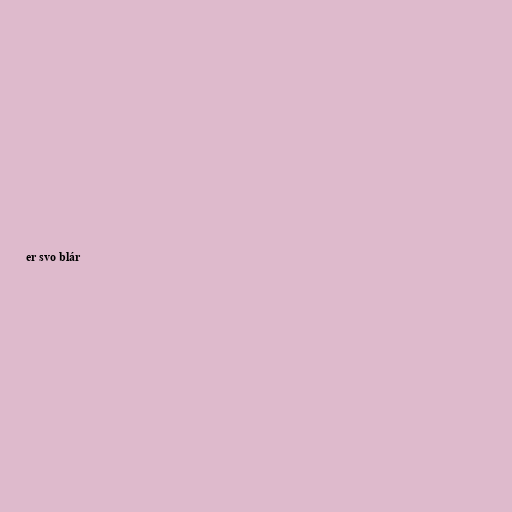
er svo blár